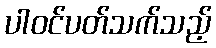
ပါဝင်ပတ်သက်သည့်